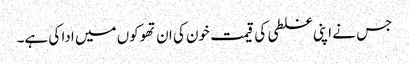
جس نے اپنی غلطی کی قیمت خون کی ان تھوکوں میں ادا کی ہے۔